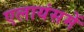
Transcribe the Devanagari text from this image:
एलायंसमें